Source: Computer-generated
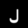
Digit: ၂ (2)